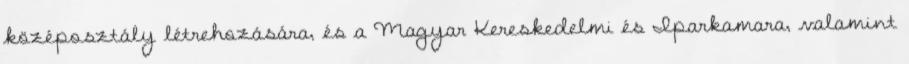
középosztály létrehozására, és a Magyar Kereskedelmi és Iparkamara, valamint